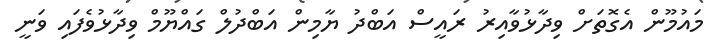
މައުމޫން އެގޮތަށް ވިދާޅުވާއިރު ރައީސް އަބްދު ޔާމިން އަބްދުލް ގައްޔޫމް ވިދާޅުވެފައި ވަނީ